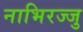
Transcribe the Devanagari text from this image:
नाभिरज्जु